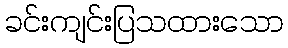
ခင်းကျင်းပြသထားသော